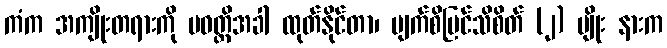
ကံက အကျိုးတရားကို ပဝတ္တိအခါ ထုတ်နိုင်တာ၊ မျက်စိမြင်သိစိတ် (၂) မျိုး နားက